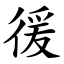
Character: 㣪